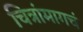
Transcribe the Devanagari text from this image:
चित्रांमागचं